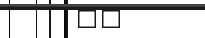
٧٢